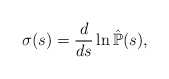
\begin{align*}\sigma(s)=\frac{d}{ds}\ln\mathbb{\hat{P}}(s),\end{align*}